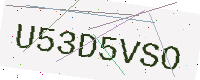
Text: U53D5VSO